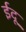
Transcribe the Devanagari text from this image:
ईदू